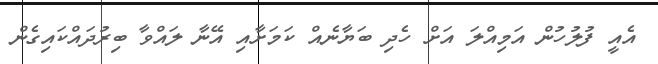
އެއީ ފުލުހުން އަމިއްލަ އަށް ހެދި ބަޔާނެއް ކަމަށާއި އޭނާ ލައްވާ ބިރުދައްކައިގެން